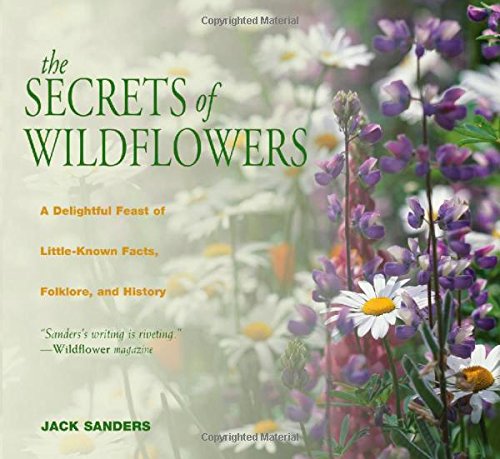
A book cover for Secrets of Wildflowers: A Delightful Feast Of Little-Known Facts, Folklore, And History; Jack Sanders; Crafts, Hobbies & Home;